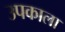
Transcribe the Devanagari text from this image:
उपकाला